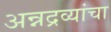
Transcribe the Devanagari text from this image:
अन्नद्रव्यांचा